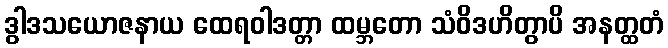
ဒွါဒသယောဇနာယ ထေရဝါဒတ္တာ ထမ္ဘတော သံဝိဒဟိတွာပိ အနတ္ထတံ